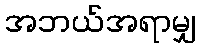
အဘယ်အရာမျှ